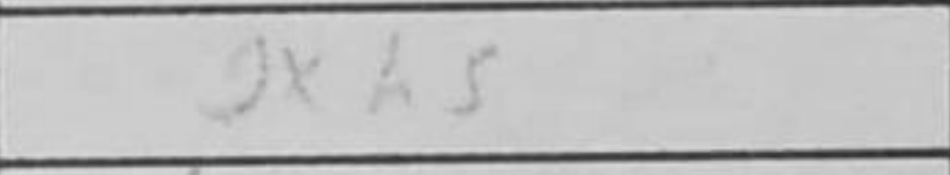
Transcription: gxh5